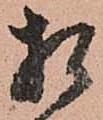
相